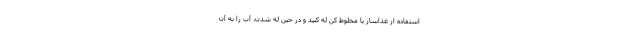
استفاده از غذاساز یا مخلوط کن له کنید و در حین له شدن، آب را به آن